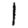
Digit: 1